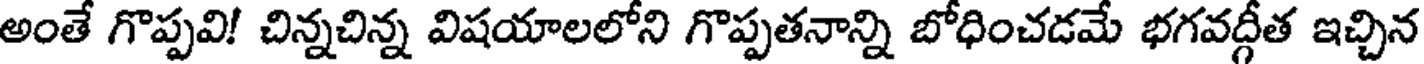
అంతే గొప్పవి! చిన్నచిన్న విషయాలలోని గొప్పతనాన్ని బోధించడమే భగవద్గీత ఇచ్చిన